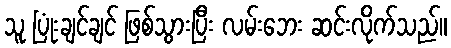
သူ ပြုံးချင်ချင် ဖြစ်သွားပြီး လမ်းဘေး ဆင်းလိုက်သည်။